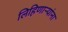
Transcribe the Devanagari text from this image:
लिहिणार्‍यांना